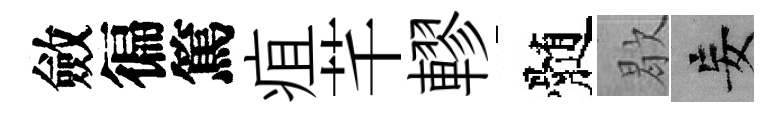
斂徧篤疽芊轇髄歇妄